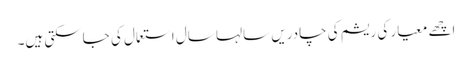
اچھے معیار کی ریشم کی چادریں سالہا سال استعمال کی جاسکتی ہیں۔